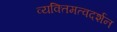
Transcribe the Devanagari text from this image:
व्यक्तिमत्वदर्शन